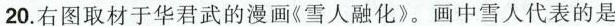
20.右图取材于华君武的漫画《雪人融化》。画中雪人代表的是